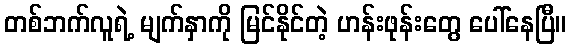
တစ်ဘက်လူရဲ့ မျက်နှာကို မြင်နိုင်တဲ့ ဟန်းဖုန်းတွေ ပေါ်နေပြီ။